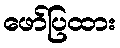
ဖော်ပြထား